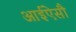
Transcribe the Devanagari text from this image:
आईऐसौ